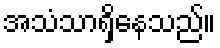
အသံသာရှိနေသည်။